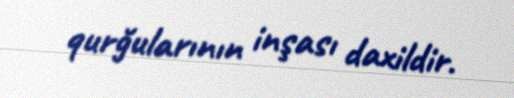
qurğularının inşası daxildir.